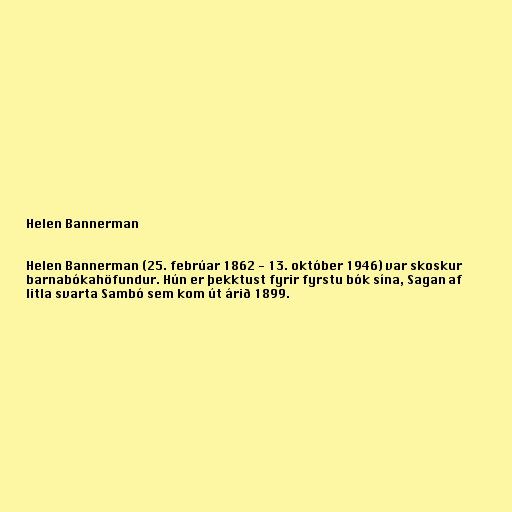
Helen Bannerman

Helen Bannerman (25. febrúar 1862 - 13. október 1946) var skoskur
barnabókahöfundur. Hún er þekktust fyrir fyrstu bók sína, Sagan af
litla svarta Sambó sem kom út árið 1899.